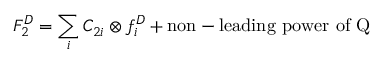
F _ { 2 } ^ { D } = \sum _ { i } C _ { 2 i } \otimes f _ { i } ^ { D } + \mathrm { n o n - l e a d i n g ~ p o w e r ~ o f ~ Q }